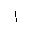
Letter: _alif